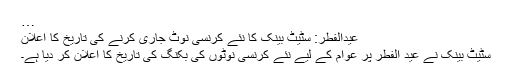
…
عیدالفطر: سٹیٹ بینک کا نئے کرنسی نوٹ جاری کرنے کی تاریخ کا اعلان
سٹیٹ بینک نے عید الفطر پر عوام کے لیے نئے کرنسی نوٹوں کی بکنگ کی تاریخ کا اعلان کر دیا ہے۔